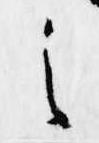
之